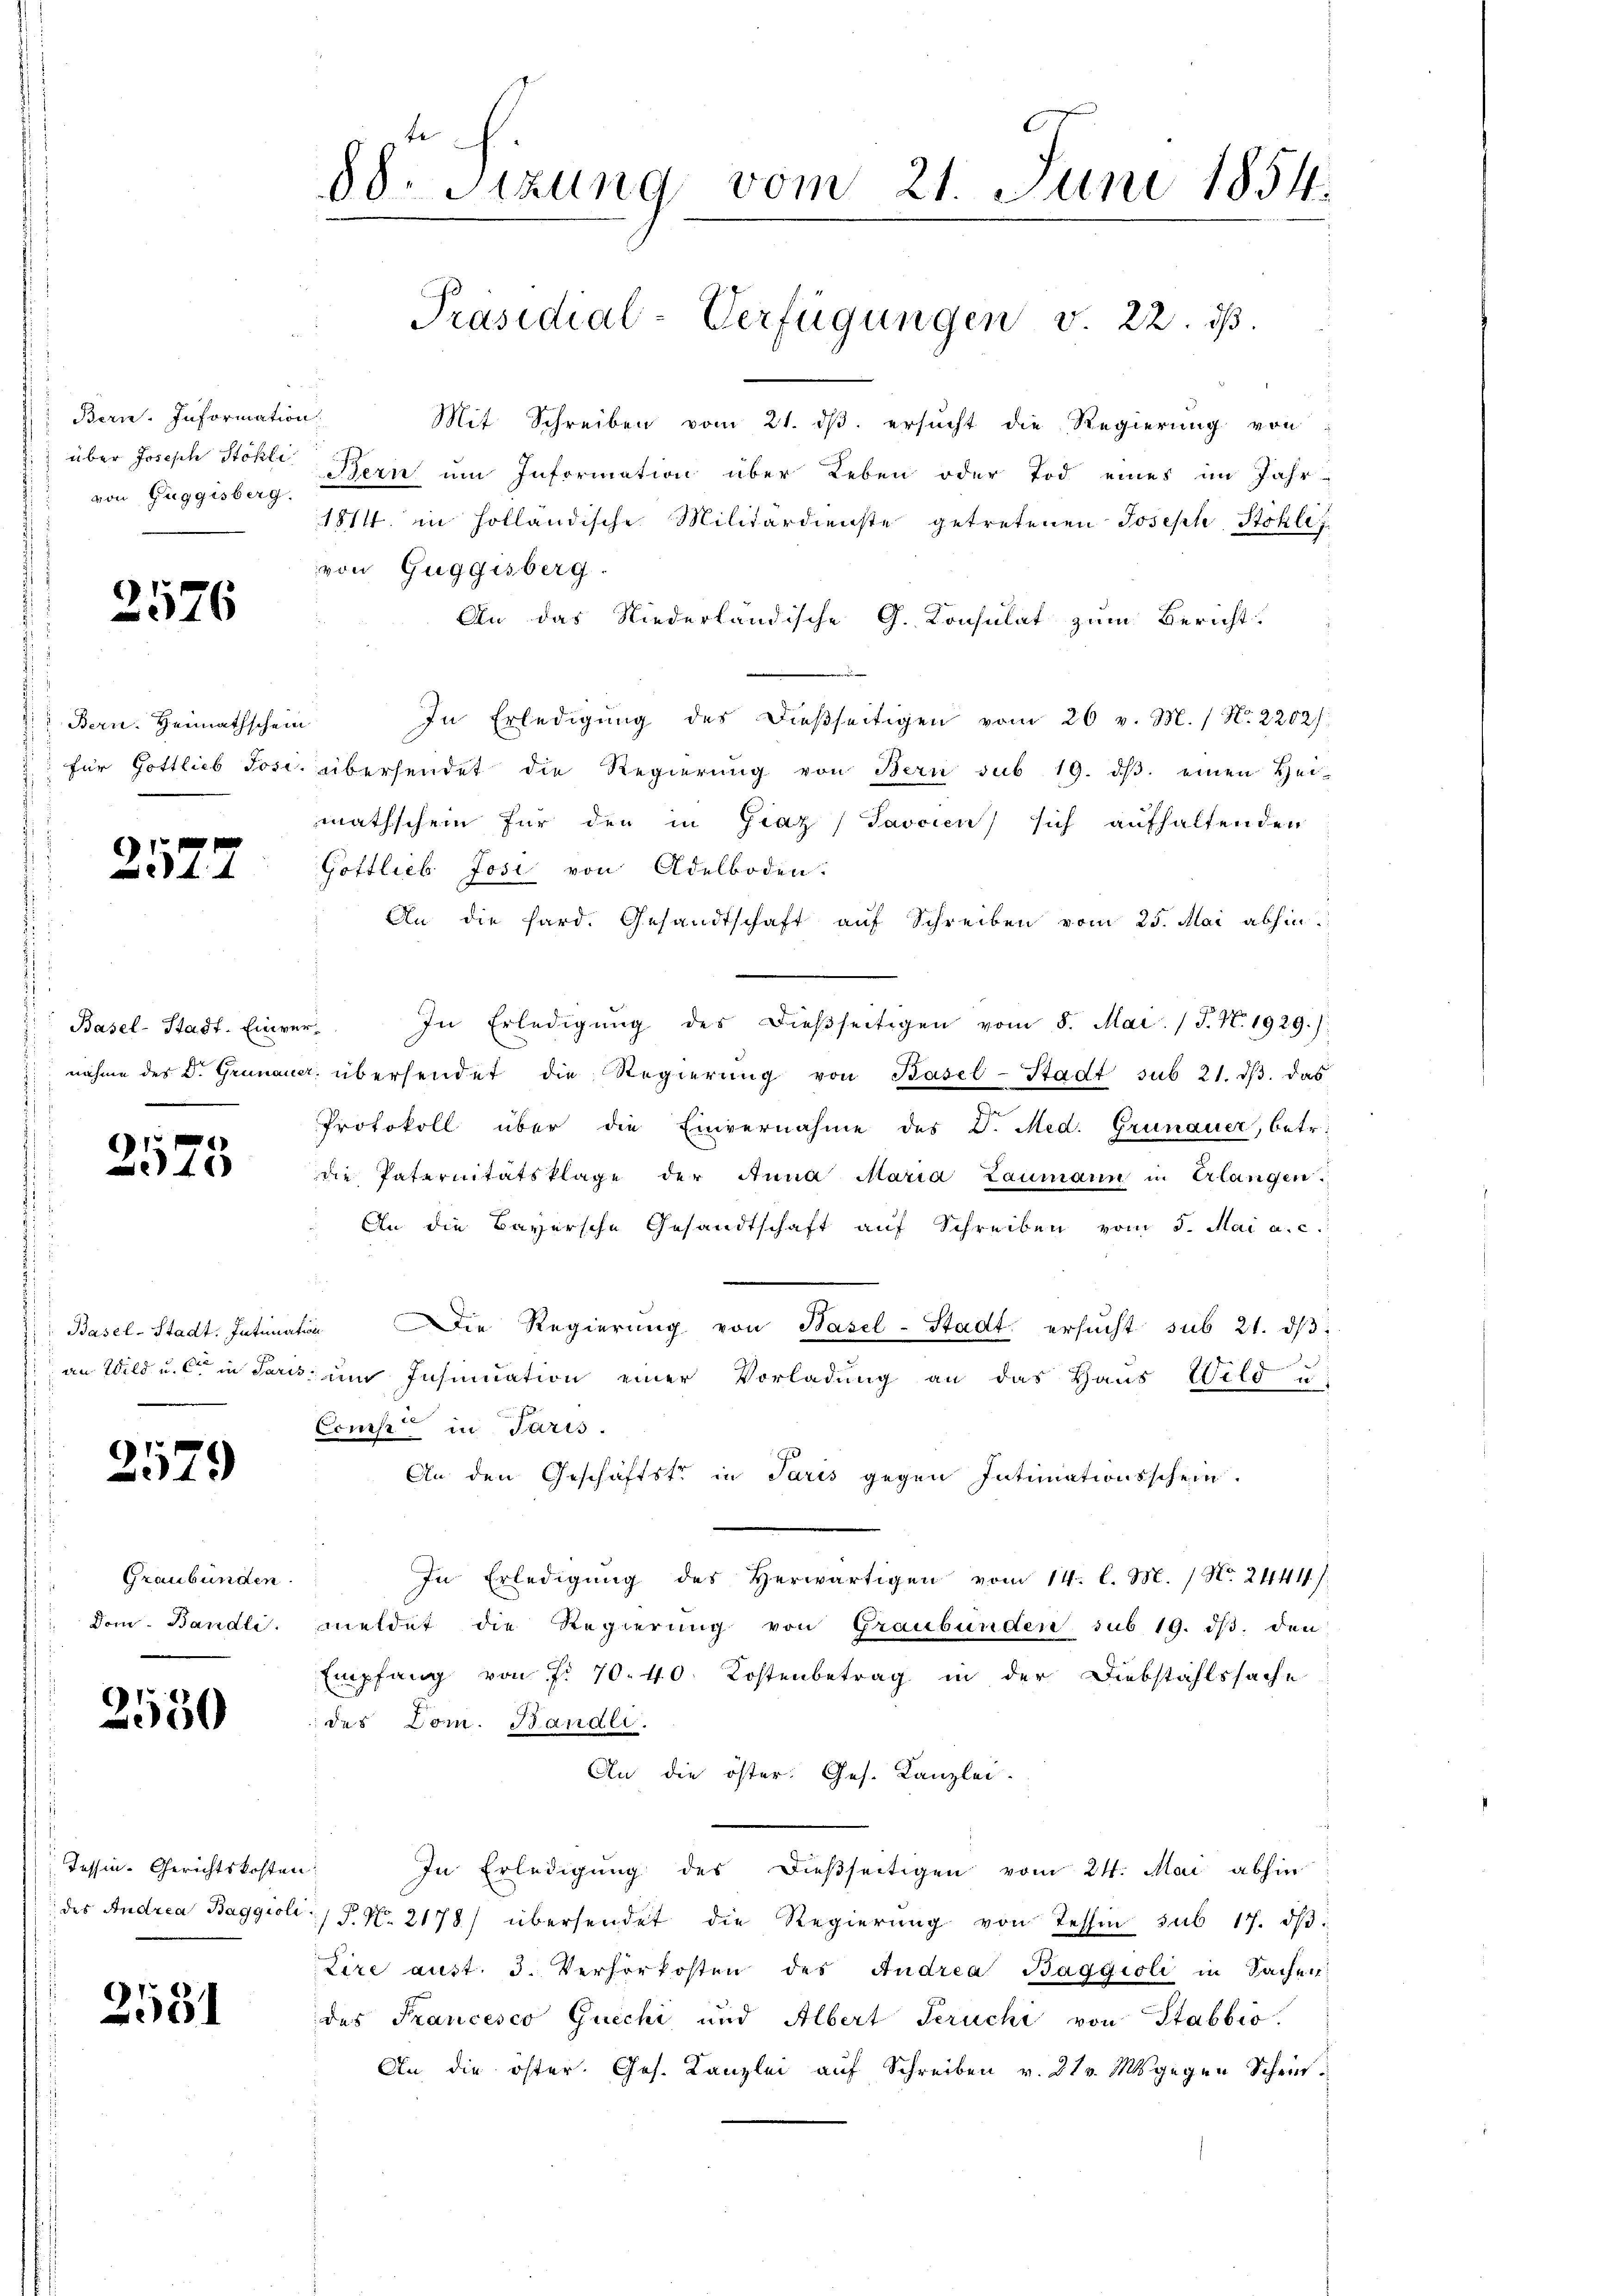
Berne. Information
über Joseph Stöhli
von Guggisberg.

2576

Bern. Heimathschein

2527

Basel-Stadt. Einver¬
“

2575

2579

Graubünden
Dom. Bändli

2550

Tessin-Gerichtskosten:

2581

88. Sitzung vom 21. Juni 1854.
Präsidial-Verfügungen v. 22. ds.

Mit Schreiben vom 21. ds. ersucht die Regierung von
Bern um Information über Leben oder Tod eines im Jahr-
1814. in Holländische Militärdienste getretenen Joseph Stohle
von Guggisberg.
An das Niederländische G. Konsulat zum Bericht
In Erledigung des dießseitigen vom 26 v. M. / N. 2202).
2. für Gottlieb Jose übersendet die Regierŭng von Bern sub 19. dβ. einen Heimathschein für den in Graz Javaien) sich aufhaltenden
Gottlieb Josi von Adelboden.
An die fard. Gesandtschaft auf Schreiben vom 25. Mai abhin
In Erledigŭng des dießseitigen vom 8. Mai. / J. N. 1929.)
nahme des Dr. Grünauer übersendet die Regierŭng von Basel-Stadt sub 21. dβ das
Protokoll über die Einvernahme des D. Med. Grünauer, betr.
die Paternitätsklage der Anna Maria Zaumann in Erlangen.
An die Bayersche Gesandtschaft auf Schreiben vom 5. Mai a. c.
Basel-Stadt. Intimation die Regierŭng von Basel-Stadt ersŭcht sub 21. dβ
) an Wild u. in Paris im Insinuation einer Vorladung an das Haus Wild u
Comp in Paris.
An den Geschäftstr in Paris gegen Intimationsschein.
In Erledigŭng des herwärtigen vom 14. l. M. / No. 24411/
eldet die Regierung von Graubünden sub 19. ds. den
Empfang von f. 70. 40. Kostenbetrag in der Diebstahlssache
des Dom. Banali.
An die öster. Ges. Kanzlei-
In Erledigung des dießseitigen vom 24. Mai abhin
des Andrea Baggioli / 5. No. 2178) übersendet die Regierŭng von Tessin sub 17. dβ.
Lire aust. 3. Verhörkosten des Andrea Baggioli in Sachen
des Francesco Guechi und Albert Geruchi von Stabbio.
An die öster. Jos. Kanzlei auf Schreiben v. 21 Msgegen Schein.